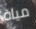
مياة